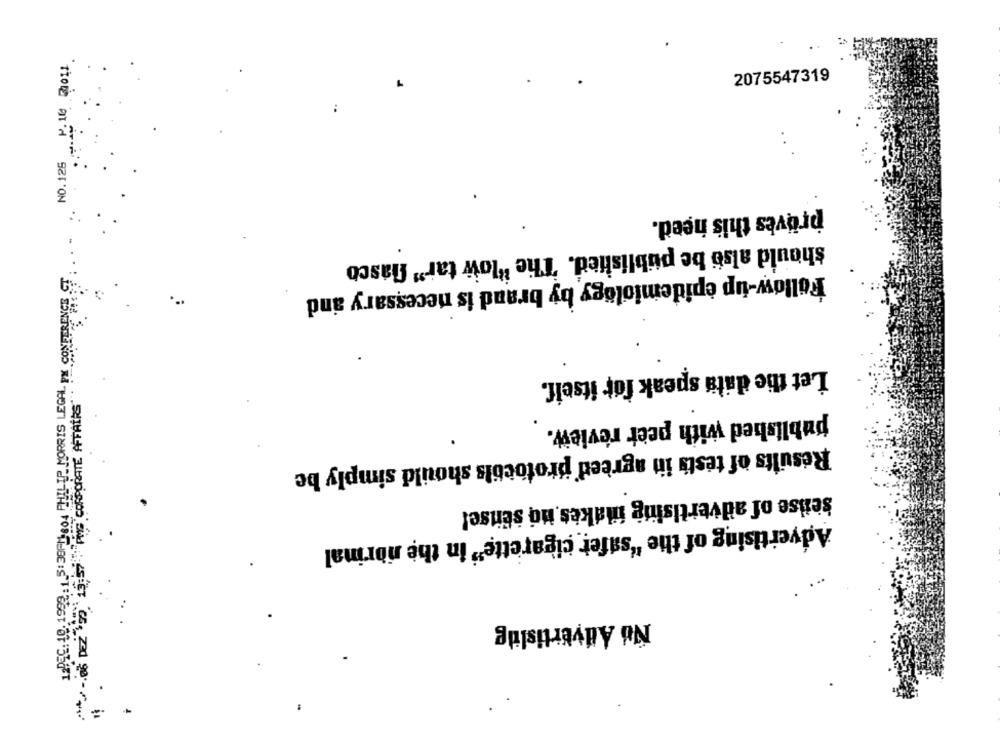
2075547319
NO.126
proves this need.
should also be published. The "low tar" fiasco
12PEC: 10. 1992 : 1.5:38PM604 PHILIP MORRIS LEGAL PX CONFERENCE
Follow-up epidemiology by brand is necessary and
Let the data speak for itself.
published with peer review.
Results of tests in agreed protocols should simply be
sense of advertising imakes no sense!
Advertising of the "safer cigarette" in the normal
No Advertislig